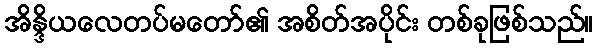
အိန္ဒိယလေတပ်မတော်၏ အစိတ်အပိုင်း တစ်ခုဖြစ်သည်။